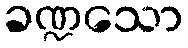
ခဏ္ဍသော